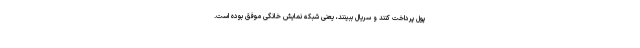
پول پرداخت کنند و سریال ببینند، یعنی شبکه نمایش خانگی موفق بوده است.